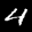
Label: 4